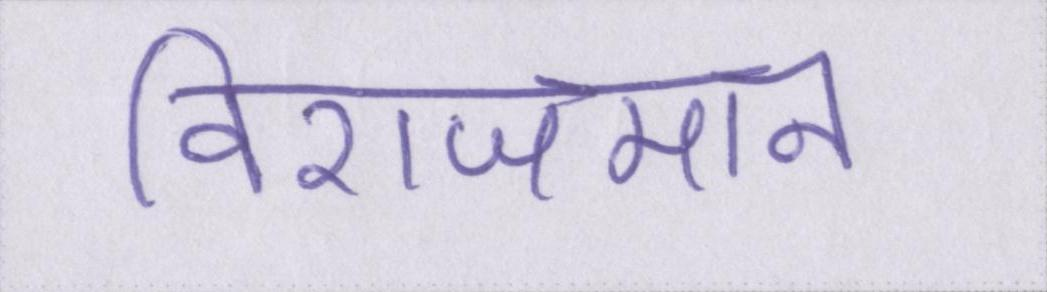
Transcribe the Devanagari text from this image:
विराजमान